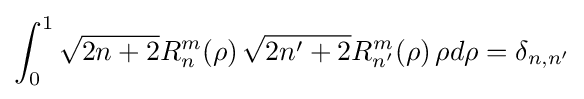
\int _{0}^{1}{\sqrt {2n+2}}R_{n}^{m}(\rho )\,{\sqrt {2n'+2}}R_{n'}^{m}(\rho )\,\rho d\rho =\delta _{n,n'}